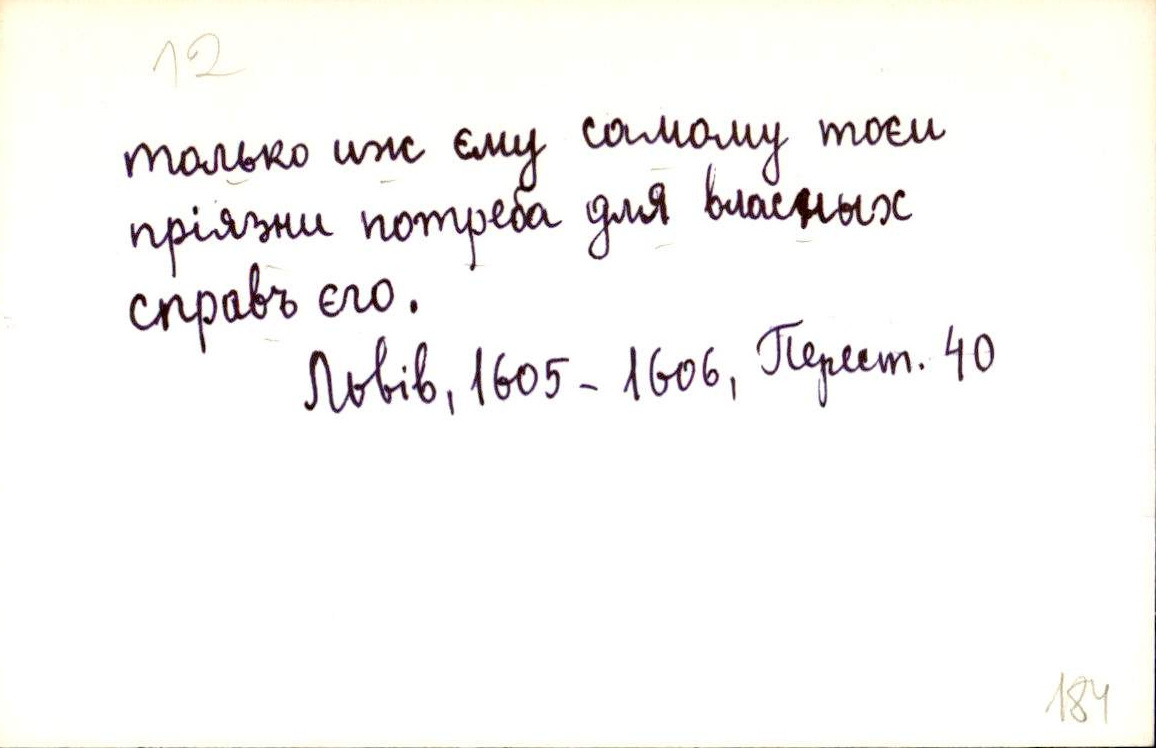
только иж єму самому тоєи
пріязни потреба для власных
справъ єго.
Львів, 1605-1606, Перест. 40